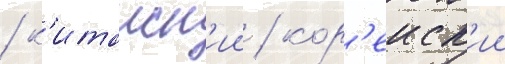
/ к'итаиск'ии / кор'еиск'ии